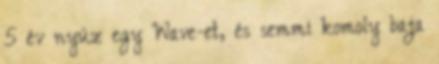
5 év nyúz egy Wave-et, és semmi komoly baja